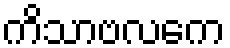
ကိသာဗလကေ